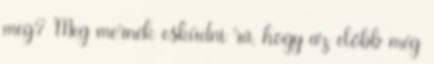
meg? Meg mernék esküdni rá, hogy az előbb még